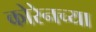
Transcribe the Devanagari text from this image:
कोरेनच्या